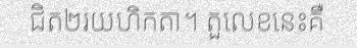
ជិត២រយហិកតា។ តួលេខនេះគឺ